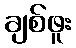
ချစ်ဖူး